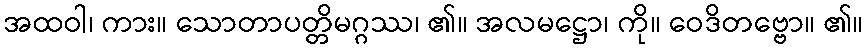
အထဝါ၊ ကား။ သောတာပတ္တိမဂ္ဂဿ၊ ၏။ အလမဋ္ဌော၊ ကို။ ဝေဒိတဗ္ဗော။ ၏။